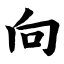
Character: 向